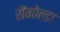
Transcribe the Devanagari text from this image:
सैंगोल्डा